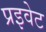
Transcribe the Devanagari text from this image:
प्रइवेट